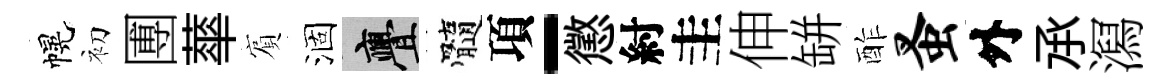
幌初圑蕐賔涸亹髓項-懲紂圭伸缾酢蚤外𠄘㵼